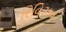
રિવિઝન